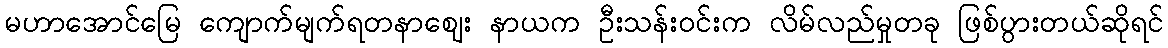
မဟာအောင်မြေ ကျောက်မျက်ရတနာဈေး နာယက ဦးသန်းဝင်းက လိမ်လည်မှုတခု ဖြစ်ပွားတယ်ဆိုရင်